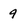
Character: 9